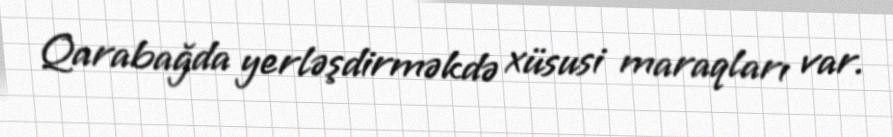
Qarabağda yerləşdirməkdə xüsusi maraqları var.